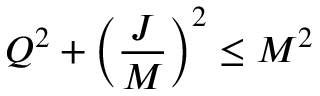
Q ^ { 2 } + \left( { \frac { J } { M } } \right) ^ { 2 } \leq M ^ { 2 }